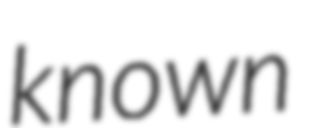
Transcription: known